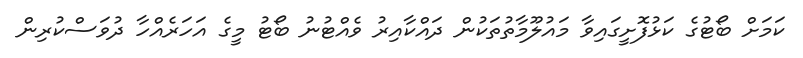
ކަމަށް ބޯޓުގެ ކަޅުފޮށީގައިވާ މައުލޫމާތުތަކުން ދައްކާއިރު ވެއްޓުނު ބޯޓު މީގެ އަަހަރެއްހާ ދުވަސްކުރިން